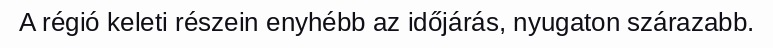
A régió keleti részein enyhébb az időjárás, nyugaton szárazabb.